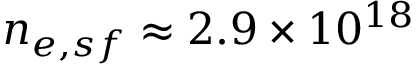
n _ { e , s f } \approx 2 . 9 \times 1 0 ^ { 1 8 }